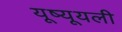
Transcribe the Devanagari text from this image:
यूष्यूयली